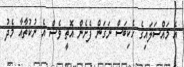
އެ މައްސަލައިގެ ހެކިބަސް ނަގަން ފެށެން އޮތީ ވެސް އެ ނުކުތާއާ މެދު